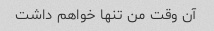
آن وقت من تنها خواهم داشت